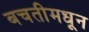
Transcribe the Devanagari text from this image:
बचतीमधून